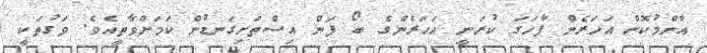
އާންމުކޮށް އަހަރެން ފާހަގަ ކުރަނީ އަހަރެންގެ ބޯ ފަން އިސްތަށިގަނޑުން ކަމަށްވާތީއެވެ. ވަގުތަކީ